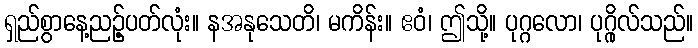
ရှည်စွာနေ့ညဉ့်ပတ်လုံး။ နအနုသေတိ၊ မကိန်း။ ဧဝံ၊ ဤသို့။ ပုဂ္ဂလော၊ ပုဂ္ဂိုလ်သည်။